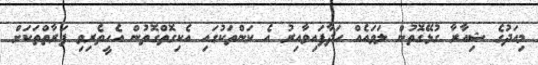
މިއަދުގެ ޝިއާރާ ގުޅޭގޮތުން ލަވައެއް ހަދާފައިވާއިރު އެ ކަންތަކުގައި އެކިގޮތްގޮތުން އެހީތެރިވި ފަރާތްތަކަށް